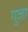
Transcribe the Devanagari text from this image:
गुजा